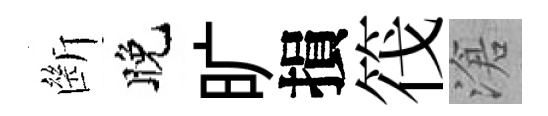
㫁晚旷損筏滄